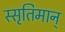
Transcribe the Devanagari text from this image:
स्सृतिमान्